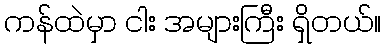
ကန်ထဲမှာ ငါး အများကြီး ရှိတယ်။